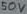
Text: 50